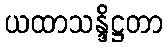
ယထာသန္ဒိဋ္ဌတာ